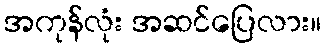
အကုန်လုံး အဆင်ပြေလား။